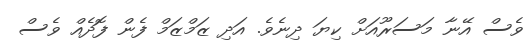
ވެސް އޭނާ މަސަރޫއަށް ކިޔަ ދިނެވެ. އަދި ޒަމްޒަމް ފެން ފޮދެއް ވެސް